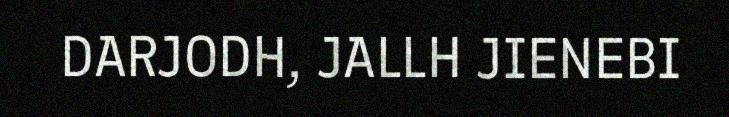
DARJODH, JALLH JIENEBI